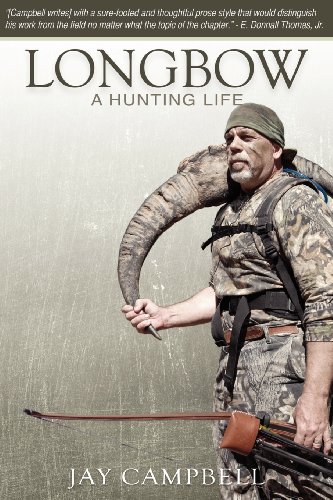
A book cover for Longbow: A Hunting Life; Jay Campbell; Sports & Outdoors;